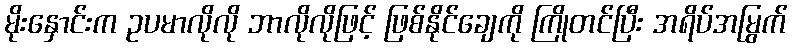
မိုးနှောင်းက ဥပမာလိုလို ဘာလိုလိုဖြင့် ဖြစ်နိုင်ချေကို ကြိုတင်ပြီး အရိပ်အမြွက်